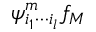
\psi _ { i _ { 1 } \cdots i _ { l } } ^ { m } f _ { M }